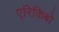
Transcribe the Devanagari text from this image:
एरिकिबो